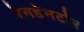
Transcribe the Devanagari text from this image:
रेनडेनटोर